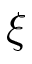
\xi